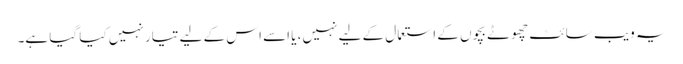
یہ ویب سائٹ چھوٹے بچوں کے استعمال کے لیے نہیں، یا اسے اس کے لیے تیار نہیں کیا گیا ہے۔